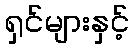
ရှင်များနှင့်